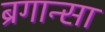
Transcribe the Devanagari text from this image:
ब्रगान्सा